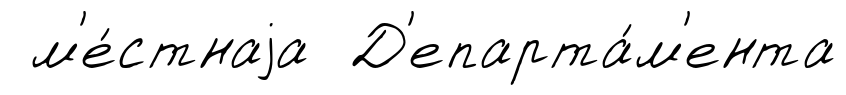
м'е́стнаjа Д'епарта́м'ента